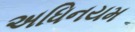
અધિનયમ